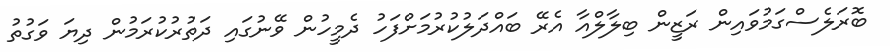
ބޮރަލެސްގަމުވައިން ރަޒީން ބިލާލްއާ އެރޭ ބައްދަލުކުރުމަށްފަހު ދެމީހުން ވޭނުގައި ދަތުރުކުރަމުން ދިޔަ ވަގުތު